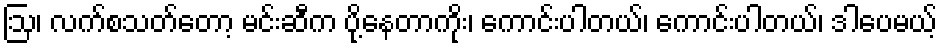
ဩ၊ လက်စသတ်တော့ မင်းဆီက ပို့နေတာကိုး၊ ကောင်းပါတယ်၊ ကောင်းပါတယ်၊ ဒါပေမယ့်